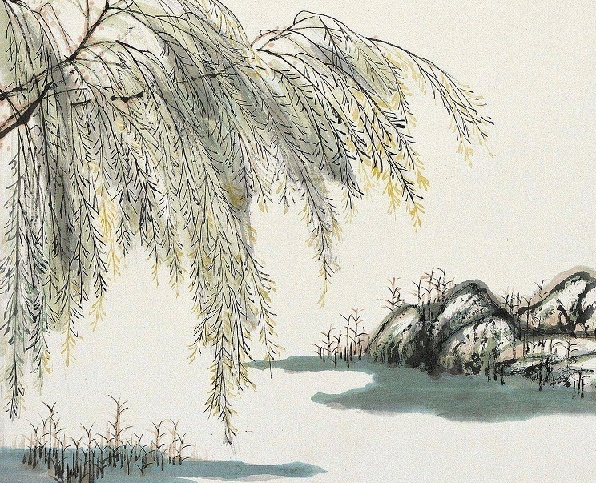
绿杨芳草长亭路。年少抛人容易去。